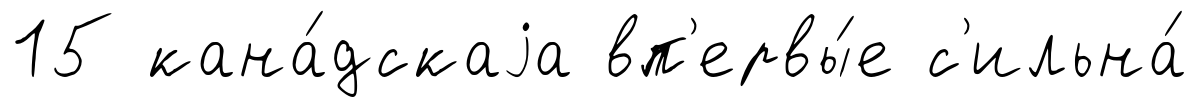
15 кана́дскаjа вп'ервы́е с'ильна́